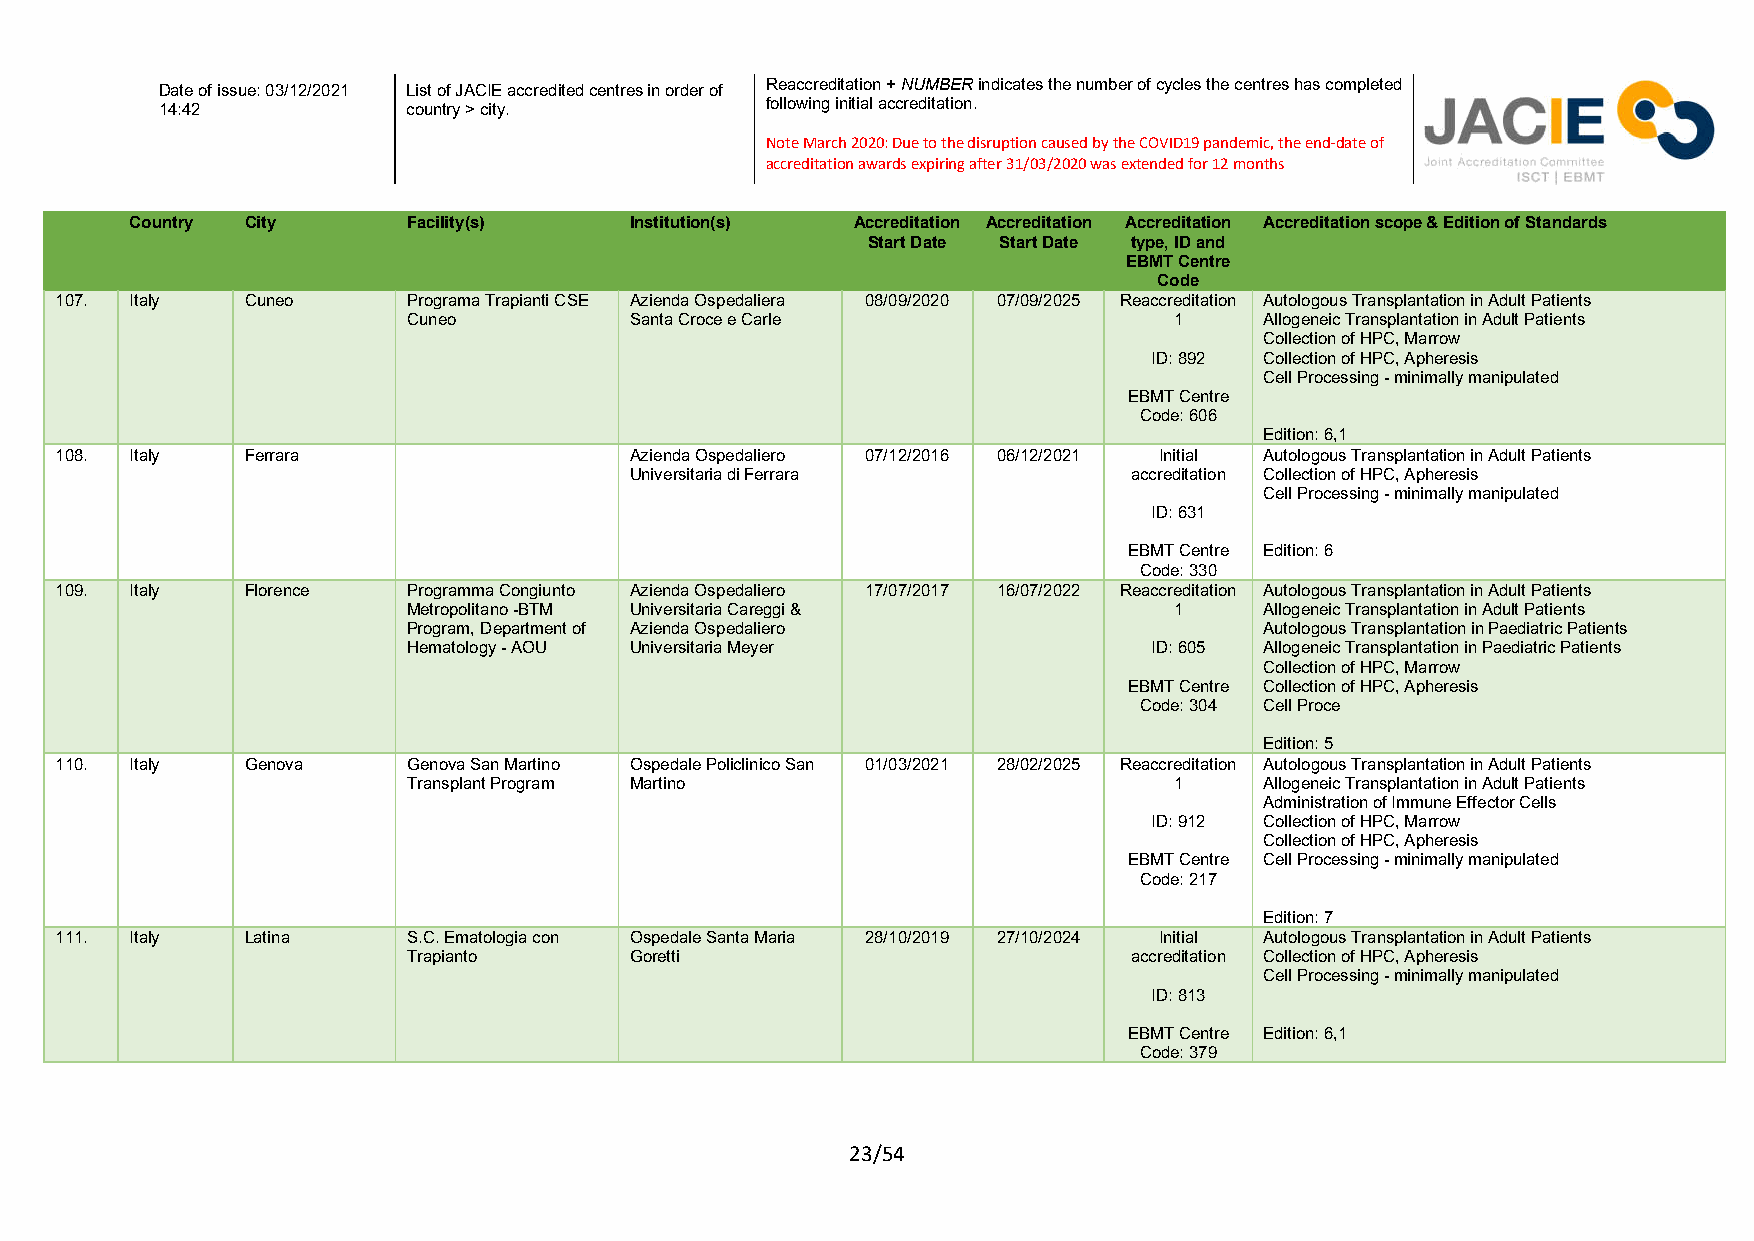
Reaccreditation + NUMBER indicates the number of cycles the centres has completed
 Date of issue: 03/12/2021 List of JACIE accredited centres in order of
 following initial accreditation.
 14:42           country > city.
 Note March 2020: Due to the disruption caused by the COVID19 pandemic, the end-date of
 accreditation awards expiring after 31/03/2020 was extended for 12 months
 Country City      Facility(s)    Institution(s) Accreditation Accreditation Accreditation Accreditation scope & Edition of Standards
 Start Date Start Date type, ID and
 EBMT Centre
 Code
 107. Italy  Cuneo      Programa Trapianti CSE Azienda Ospedaliera 08/09/2020 07/09/2025 Reaccreditation Autologous Transplantation in Adult Patients
 Cuneo          Santa Croce e Carle                 1     Allogeneic Transplantation in Adult Patients
 Collection of HPC, Marrow
 ID: 892 Collection of HPC, Apheresis
 Cell Processing - minimally manipulated
 EBMT Centre
 Code: 606
 Edition: 6,1
 108. Italy  Ferrara                   Azienda Ospedaliero 07/12/2016 06/12/2021 Initial Autologous Transplantation in Adult Patients
 Universitaria di Ferrara         accreditation Collection of HPC, Apheresis
 Cell Processing - minimally manipulated
 ID: 631
 EBMT Centre Edition: 6
 Code: 330
 109. Italy  Florence   Programma Congiunto Azienda Ospedaliero 17/07/2017 16/07/2022 Reaccreditation Autologous Transplantation in Adult Patients
 Metropolitano -BTM Universitaria Careggi &         1     Allogeneic Transplantation in Adult Patients
 Program, Department of Azienda Ospedaliero               Autologous Transplantation in Paediatric Patients
 Hematology - AOU Universitaria Meyer             ID: 605 Allogeneic Transplantation in Paediatric Patients
 Collection of HPC, Marrow
 EBMT Centre Collection of HPC, Apheresis
 Code: 304 Cell Proce
 Edition: 5
 110. Italy  Genova     Genova San Martino Ospedale Policlinico San 01/03/2021 28/02/2025 Reaccreditation Autologous Transplantation in Adult Patients
 Transplant Program Martino                         1     Allogeneic Transplantation in Adult Patients
 Administration of Immune Effector Cells
 ID: 912 Collection of HPC, Marrow
 Collection of HPC, Apheresis
 EBMT Centre Cell Processing - minimally manipulated
 Code: 217
 Edition: 7
 111. Italy  Latina     S.C. Ematologia con Ospedale Santa Maria 28/10/2019 27/10/2024 Initial Autologous Transplantation in Adult Patients
 Trapianto      Goretti                          accreditation Collection of HPC, Apheresis
 Cell Processing - minimally manipulated
 ID: 813
 EBMT Centre Edition: 6,1
 Code: 379
 23/54